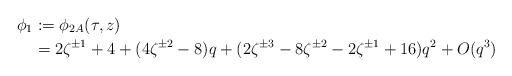
LaTeX: \begin{align*} \phi_1 &:= \phi_{2A}(\tau, z) \\ &= 2 \zeta^{\pm 1} + 4 + (4 \zeta^{\pm 2} - 8) q + (2 \zeta^{\pm 3} - 8 \zeta^{\pm 2} - 2 \zeta^{\pm 1} + 16) q^2 + O(q^3) \end{align*}